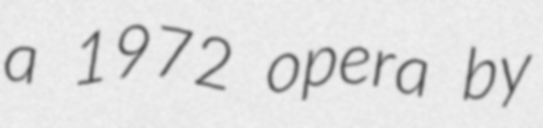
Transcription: a 1972 opera by